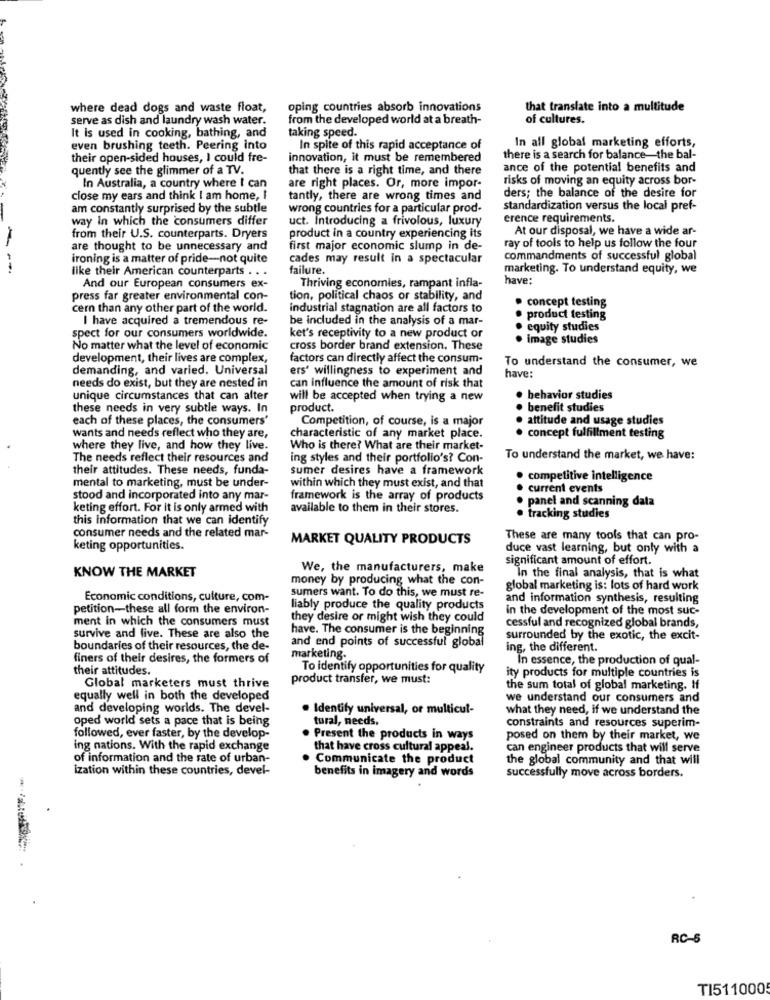
where dead dogs and waste float,
oping countries absorb innovations
that translate into a multitude
serve as dish and laundry wash water.
from the developed world at a breath-
of cultures.
taking speed.
It is used in cooking, bathing, and
even brushing teeth. Peering into
In spite of this rapid acceptance of
In all global marketing efforts,
their open-sided houses, I could fre-
innovation, it must be remembered
there is a search for balance-the bal-
quently see the glimmer of a TV.
that there is a right time, and there
ance of the potential benefits and
risks of moving an equity across bor-
In Australia, a country where I can
are right places. Or, more impor-
ders; the balance of the desire for
close my ears and think I am home, I
tantly, there are wrong times and
am constantly surprised by the subtle
wrong countries for a particular prod-
standardization versus the local pref-
way In which the consumers differ
uct. Introducing a frivolous, luxury
erence requirements.
At our disposal, we have a wide ar-
from their U.S. counterparts. Dryers
product in a country experiencing its
are thought to be unnecessary and
first major economic slump in de-
ray of tools to help us follow the four
ironing is a matter of pride-not quite
cades may result in a spectacular
commandments of successful global
--
like their American counterparts . . .
failure.
marketing. To understand equity, we
have:
And our European consumers ex-
Thriving economies, rampant infla-
press far greater environmental con-
tion, political chaos or stability, and
· concept testing
cern than any other part of the world.
industrial stagnation are all factors to
I have acquired a tremendous re-
be included in the analysis of a mar-
. product testing
spect for our consumers worldwide.
equity studies
ket's receptivity to a new product or
. image studies
No matter what the level of economic
cross border brand extension. These
development, their lives are complex,
factors can directly affect the consum-
To understand the consumer, we
demanding, and varied. Universal
ers' willingness to experiment and
needs do exist, but they are nested in
have:
can influence the amount of risk that
unique circumstances that can alter
will be accepted when trying a new
· behavior studies
these needs in very subtle ways. In
product.
benefit studies
each of these places, the consumers'
Competition, of course, is a major
attitude and usage studies
wants and needs reflect who they are,
characteristic of any market place.
. concept fulfillment testing
where they live, and how they live.
Who is there? What are their market-
The needs reflect their resources and
ing styles and their portfolio's? Con-
To understand the market, we have:
their attitudes. These needs, funda-
sumer desires have a framework
mental to marketing, must be under-
· competitive intelligence
within which they must exist, and that
current events
stood and incorporated into any mar-
framework is the array of products
panel and scanning data
keting effort. For it is only armed with
available to them in their stores.
this Information that we can identify
. tracking studies
consumer needs and the related mar-
MARKET QUALITY PRODUCTS
These are many tools that can pro-
keting opportunities.
duce vast learning, but only with a
significant amount of effort.
KNOW THE MARKET
We, the manufacturers, make
money by producing what the con-
In the final analysis, that is what
sumers want. To do this, we must re-
global marketing is: lots of hard work
Economic conditions, culture, com-
and information synthesis, resulting
petition-these all form the environ-
liably produce the quality products
in the development of the most suc-
ment in which the consumers must
they desire or might wish they could
cessful and recognized global brands,
survive and live. These are also the
have. The consumer is the beginning
and end points of successful global
surrounded by the exotic, the excit-
boundaries of their resources, the de-
ing, the different.
finers of their desires, the formers of
marketing.
In essence, the production of qual-
their attitudes.
To identify opportunities for quality
product transfer, we must:
ity products for multiple countries is
Global marketers must thrive
the sum total of global marketing. If
equally well in both the developed
we understand our consumers and
and developing worlds. The devel-
Identify universal, or multicul-
what they need, if we understand the
oped world sets a pace that is being
tural, needs.
constraints and resources superim-
followed, ever faster, by the develop-
. Present the products in ways
posed on them by their market, we
ing nations. With the rapid exchange
that have cross cultural appeal.
can engineer products that will serve
of information and the rate of urban-
Communicate the product
the global community and that will
ization within these countries, devel-
benefits in imagery and words
successfully move across borders.
RC-6
TI511000